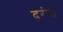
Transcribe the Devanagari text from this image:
दुरंगा